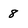
Character: 8